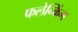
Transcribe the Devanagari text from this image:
फलेन्किंग